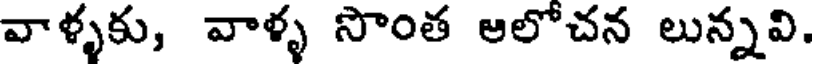
వాళ్ళకు, వాళ్ళ సొంత ఆలోచన లున్నవి.